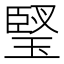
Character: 㻨